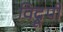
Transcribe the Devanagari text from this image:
विद्रूपी